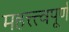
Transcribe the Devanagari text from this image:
महत्त्त्वपूर्ण